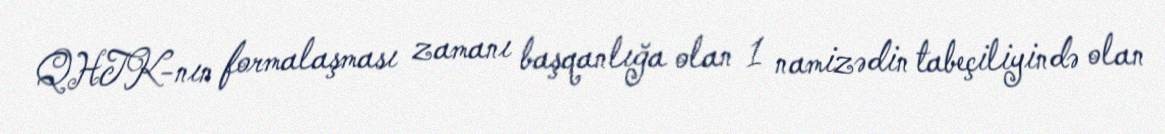
QHTK-nın formalaşması zamanı başqanlığa olan 1 namizədin tabeçiliyində olan